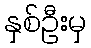
နှစ်ဦးမှ